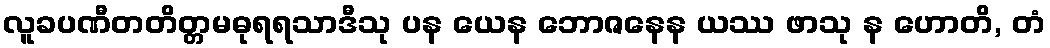
လူခပဏီတတိတ္တမဓုရရသာဒီသု ပန ယေန ဘောဇနေန ယဿ ဖာသု န ဟောတိ, တံ